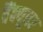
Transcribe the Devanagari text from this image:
वैंक्यूवर